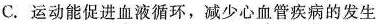
C.运动能促进血液循环，减少心血管疾病的发生